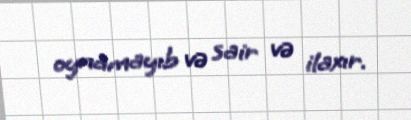
oynamayıb və sair və ilaxır.